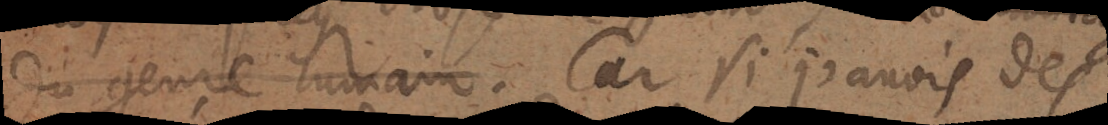
du genre humain . Car si j’avois des